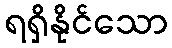
ရရှိနိုင်သော